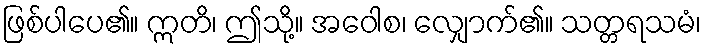
ဖြစ်ပါပေ၏။ ဣတိ၊ ဤသို့။ အဝေါစ၊ လျှောက်၏။ သတ္တရသမံ၊